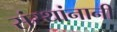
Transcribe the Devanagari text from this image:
संस्थांनानी